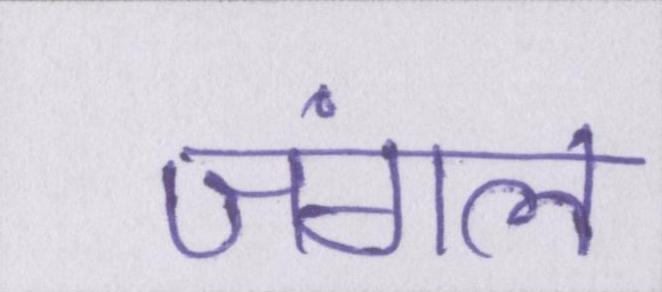
जंगल